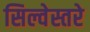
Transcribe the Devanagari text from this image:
सिल्वेस्तरे